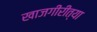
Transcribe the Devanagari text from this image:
खाजगीरीत्या